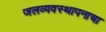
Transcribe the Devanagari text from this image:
जलव्यवस्थापनाचा